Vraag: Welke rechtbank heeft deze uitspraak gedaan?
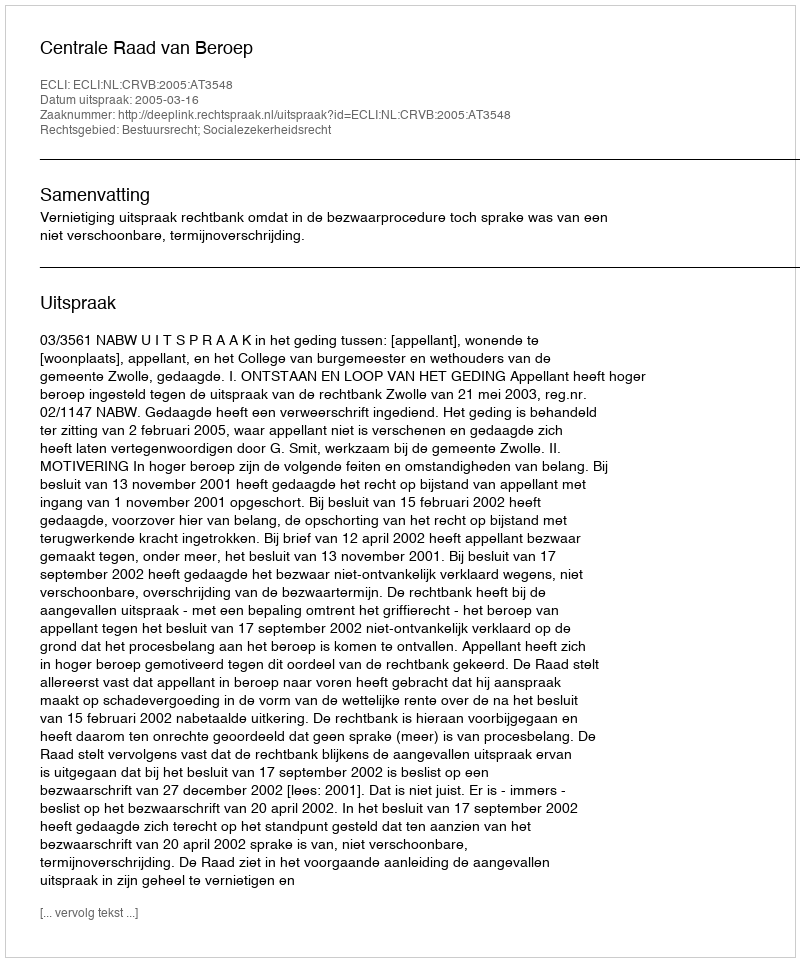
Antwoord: Centrale Raad van Beroep